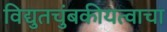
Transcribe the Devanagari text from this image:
विद्युतचुंबकीयत्वाचा